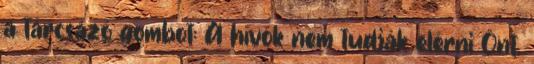
a tárcsázó gombot: A hívók nem tudják elérni Önt.